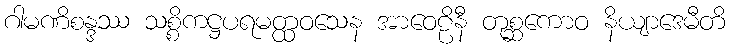
ဂါမဏိစန္ဒဿ သစ္စိကဋ္ဌပရမတ္ထဝသေန အာဝေဠိနီ တုစ္ဆကောဝ နိယျာဒေမီတိ